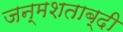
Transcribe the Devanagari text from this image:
जन्‍मशताब्‍दी